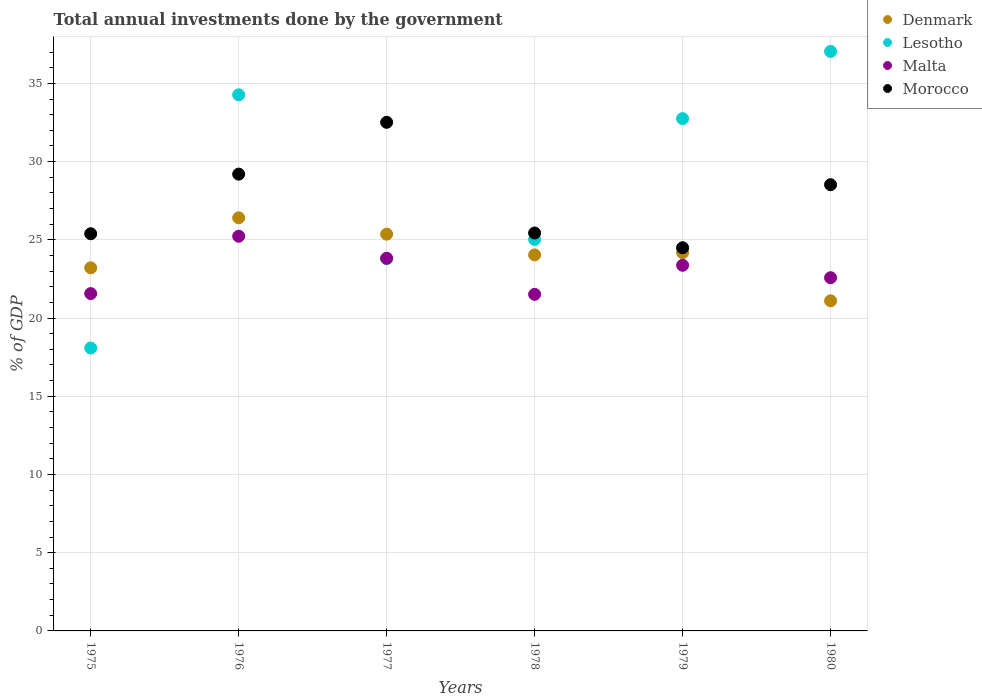
| Years | Denmark | Lesotho | Malta | Morocco |
 | --- | --- | --- | --- | --- |
 | 1975 | 23.2 | 18.1 | 21.6 | 25.4 |
 | 1976 | 26.4 | 34.3 | 25.2 | 29.2 |
 | 1977 | 25.4 | 23.8 | 23.8 | 32.5 |
 | 1978 | 24 | 25 | 21.5 | 25.4 |
 | 1979 | 24.2 | 32.7 | 23.4 | 24.5 |
 | 1980 | 21.1 | 37 | 22.6 | 28.5 |